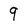
Character: 9